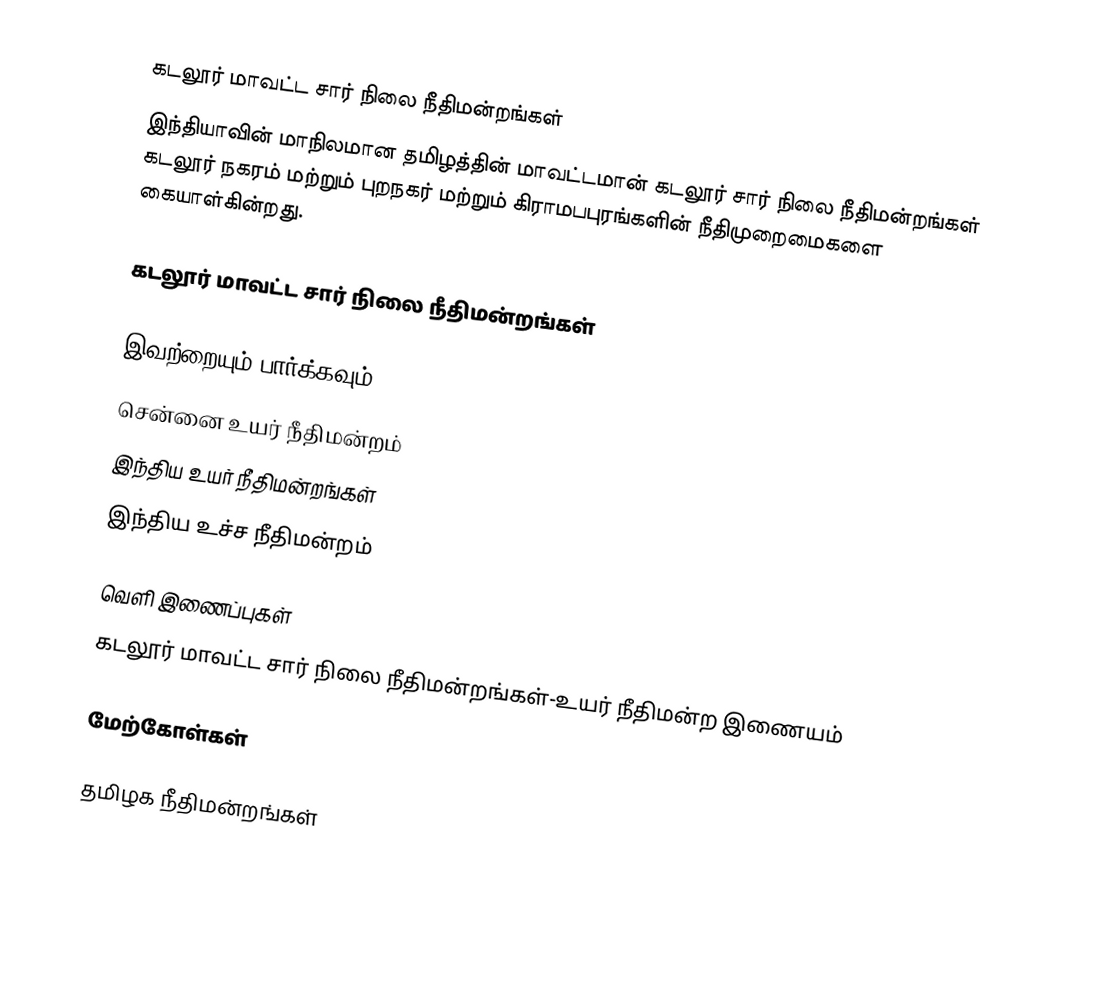
கடலூர் மாவட்ட சார் நிலை நீதிமன்றங்கள்
இந்தியாவின் மாநிலமான தமிழத்தின் மாவட்டமான் கடலூர் சார் நிலை நீதிமன்றங்கள் கடலூர் நகரம் மற்றும் புறநகர் மற்றும் கிராமபபுரங்களின் நீதிமுறைமைகளை கையாள்கின்றது.

கடலூர் மாவட்ட சார் நிலை நீதிமன்றங்கள்

இவற்றையும் பார்க்கவும்
சென்னை உயர் நீதிமன்றம்
இந்திய உயர் நீதிமன்றங்கள்
இந்திய உச்ச நீதிமன்றம்

வெளி இணைப்புகள்
கடலூர் மாவட்ட சார் நிலை நீதிமன்றங்கள்-உயர் நீதிமன்ற இணையம்

மேற்கோள்கள்

தமிழக நீதிமன்றங்கள்